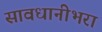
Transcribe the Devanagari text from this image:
सावधानीभरा